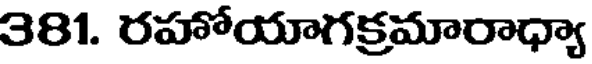
381. రహోయాగక్రమారాధ్యా